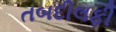
તબદીલફી